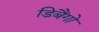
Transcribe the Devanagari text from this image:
डिबैंगो